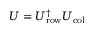
U = U _ { \mathrm { r o w } } ^ { \dagger } U _ { \mathrm { c o l } }